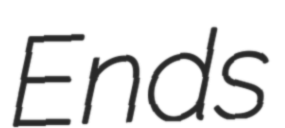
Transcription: Ends